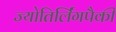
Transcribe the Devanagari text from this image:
ज्योतिर्लिंगपैकी